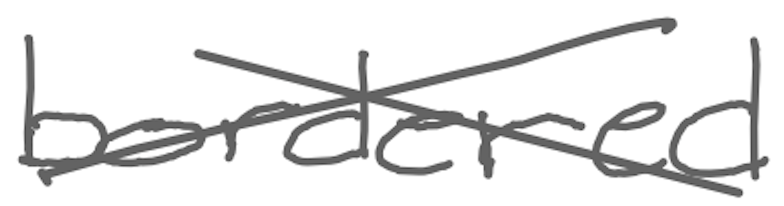
Text: bordered
Cross-out: cross
Writing tool: digital_gray